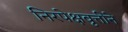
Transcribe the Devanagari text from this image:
निरपेक्षवृत्तीने